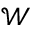
\mathcal { W }